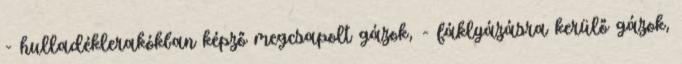
- hulladéklerakókban képző megcsapolt gázok, - fáklyázásra kerülő gázok,